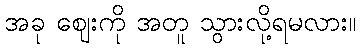
အခု ဈေးကို အတူ သွားလို့ရမလား။